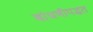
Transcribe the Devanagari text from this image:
बांधणीपद्धत